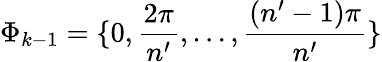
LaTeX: \Phi_{k-1}=\{ 0,\frac{2\pi}{n^{\prime}},\dots,\frac{(n^{\prime}-1)\pi}{n^{\prime}}\}